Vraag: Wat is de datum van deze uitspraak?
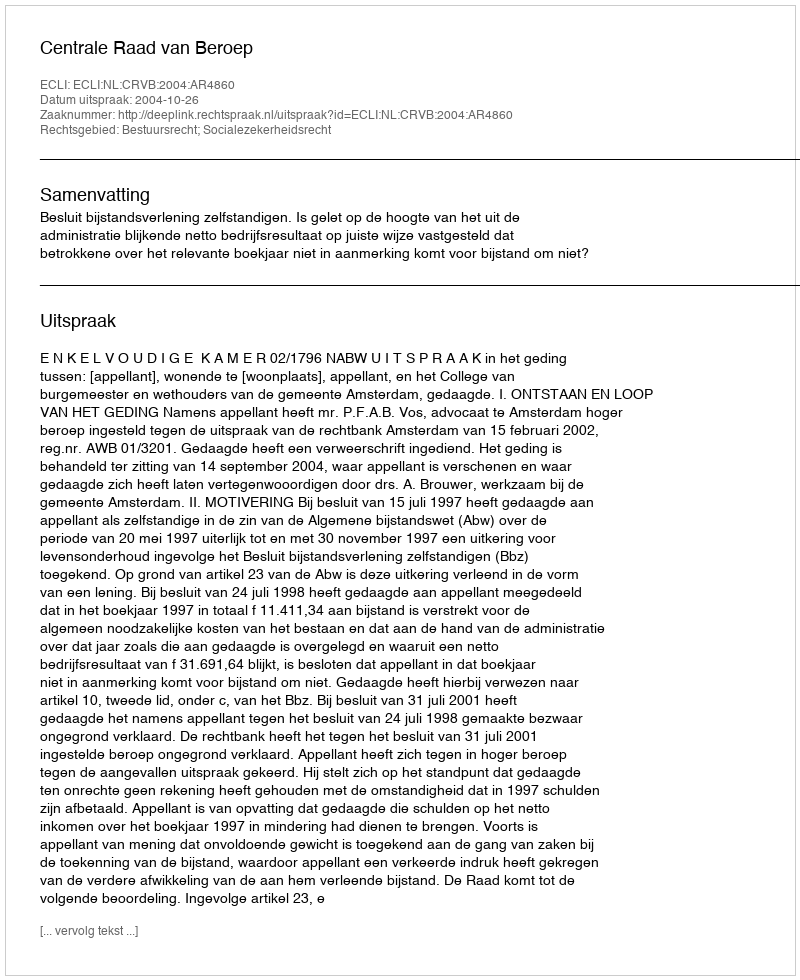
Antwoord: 2004-10-26